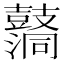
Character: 𪔦